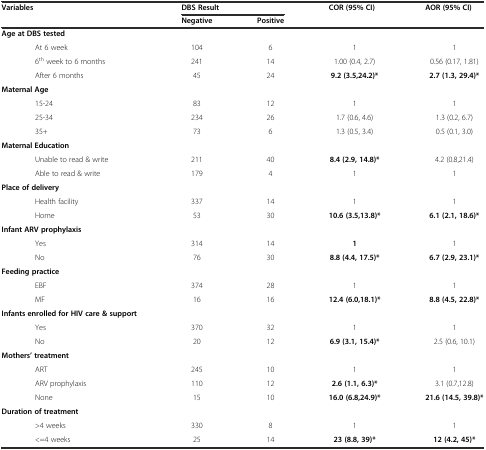
<table><thead><tr><td rowspan="2"><b>Variables</b></td><td><b>DBS Result</b></td><td></td><td rowspan="2"><b>COR (95% CI)</b></td><td rowspan="2"><b>AOR (95% CI)</b></td></tr><tr><td><b>Negative</b></td><td><b>Positive</b></td></tr></thead><tbody><tr><td><b>Age at DBS tested</b></td><td></td><td></td><td></td><td></td></tr><tr><td>At 6 week</td><td>104</td><td>6</td><td>1</td><td>1</td></tr><tr><td>6<sup>th</sup> week to 6 months</td><td>241</td><td>14</td><td>1.00 (0.4, 2.7)</td><td>0.56 (0.17, 1.81)</td></tr><tr><td>After 6 months</td><td>45</td><td>24</td><td><b>9.2 (3.5,24.2)*</b></td><td><b>2.7 (1.3, 29.4)*</b></td></tr><tr><td><b>Maternal Age</b></td><td></td><td></td><td></td><td></td></tr><tr><td>15-24</td><td>83</td><td>12</td><td>1</td><td>1</td></tr><tr><td>25-34</td><td>234</td><td>26</td><td>1.7 (0.6, 4.6)</td><td>1.3 (0.2, 6.7)</td></tr><tr><td>35+</td><td>73</td><td>6</td><td>1.3 (0.5, 3.4)</td><td>0.5 (0.1, 3.0)</td></tr><tr><td><b>Maternal Education</b></td><td></td><td></td><td></td><td></td></tr><tr><td>Unable to read &amp; write</td><td>211</td><td>40</td><td><b>8.4 (2.9, 14.8)*</b></td><td>4.2 (0.8,21.4)</td></tr><tr><td>Able to read &amp; write</td><td>179</td><td>4</td><td>1</td><td>1</td></tr><tr><td><b>Place of delivery</b></td><td></td><td></td><td></td><td></td></tr><tr><td>Health facility</td><td>337</td><td>14</td><td>1</td><td>1</td></tr><tr><td>Home</td><td>53</td><td>30</td><td><b>10.6 (3.5,13.8)*</b></td><td><b>6.1 (2.1, 18.6)*</b></td></tr><tr><td><b>Infant ARV prophylaxis</b></td><td></td><td></td><td></td><td></td></tr><tr><td>Yes</td><td>314</td><td>14</td><td><b>1</b></td><td>1</td></tr><tr><td>No</td><td>76</td><td>30</td><td><b>8.8 (4.4, 17.5)*</b></td><td><b>6.7 (2.9, 23.1)*</b></td></tr><tr><td><b>Feeding practice</b></td><td></td><td></td><td></td><td></td></tr><tr><td>EBF</td><td>374</td><td>28</td><td>1</td><td>1</td></tr><tr><td>MF</td><td>16</td><td>16</td><td><b>12.4 (6.0,18.1)*</b></td><td><b>8.8 (4.5, 22.8)*</b></td></tr><tr><td><b>Infants enrolled for HIV care &amp; support</b></td><td></td><td></td><td></td><td></td></tr><tr><td>Yes</td><td>370</td><td>32</td><td>1</td><td>1</td></tr><tr><td>No</td><td>20</td><td>12</td><td><b>6.9 (3.1, 15.4)*</b></td><td>2.5 (0.6, 10.1)</td></tr><tr><td><b>Mothers’ treatment</b></td><td></td><td></td><td></td><td></td></tr><tr><td>ART</td><td>245</td><td>10</td><td>1</td><td>1</td></tr><tr><td>ARV prophylaxis</td><td>110</td><td>12</td><td><b>2.6 (1.1, 6.3)*</b></td><td>3.1 (0.7,12.8)</td></tr><tr><td>None</td><td>15</td><td>10</td><td><b>16.0 (6.8,24.9)*</b></td><td><b>21.6 (14.5, 39.8)*</b></td></tr><tr><td><b>Duration of treatment</b></td><td></td><td></td><td></td><td></td></tr><tr><td>&gt;4 weeks</td><td>330</td><td>8</td><td>1</td><td>1</td></tr><tr><td>&lt;=4 weeks</td><td>25</td><td>14</td><td><b>23 (8.8, 39)*</b></td><td><b>12 (4.2, 45)*</b></td></tr></tbody></table>